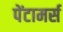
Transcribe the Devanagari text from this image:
पेंटामर्स